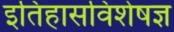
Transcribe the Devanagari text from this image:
इतिहासविशेषज्ञ